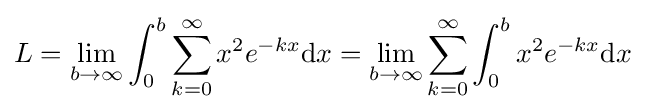
L=\lim _{b\to \infty }\int _{0}^{b}\sum _{k=0}^{\infty }x^{2}e^{-kx}\mathrm {d} x=\lim _{b\to \infty }\sum _{k=0}^{\infty }\int _{0}^{b}x^{2}e^{-kx}\mathrm {d} x